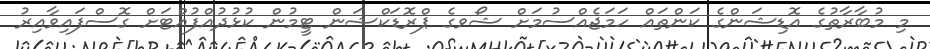
މި މުބާރާތުގެ އޮޑިޝަންގެ ކަންތައް ހަމަޖެއްސުމަށް ޝޯވގެ ޕްރޮޑަކްޝަން ޓީމުން ކުޅުދުއްފުއްޓަށް ގޮސްފައިވާއިރު